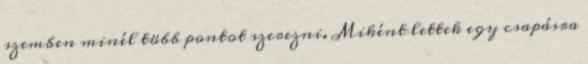
szemben minél több pontot szerezni. Miként lettek egy csapásra